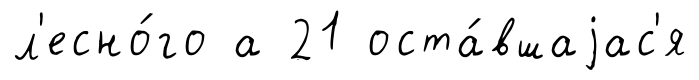
л'есно́го а 21 оста́вшаjас'я